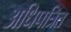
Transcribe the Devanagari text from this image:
अधिपत्रित